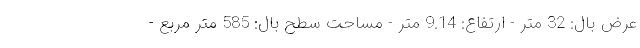
عرض بال: 32 متر - ارتفاع: 9.14 متر - مساحت سطح بال: 585 متر مربع -